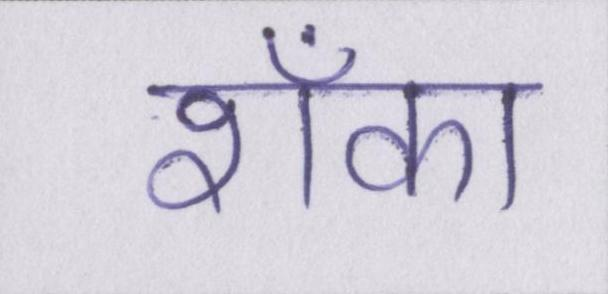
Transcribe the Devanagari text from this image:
शँका